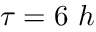
\tau = 6 \ h